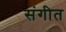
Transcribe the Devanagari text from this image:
संगीत